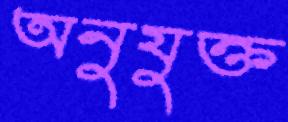
অনুযুক্ত